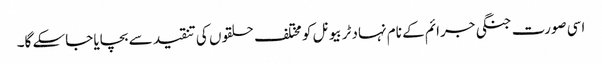
اسی صورت جنگی جرائم کے نام نہاد ٹربیونل کو مختلف حلقوں کی تنقید سے بچایا جاسکے گا۔